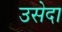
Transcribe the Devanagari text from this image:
उसेदा